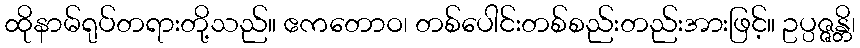
ထိုနာမ်ရုပ်တရားတို့သည်။ ဧကတောဝ၊ တစ်ပေါင်းတစ်စည်းတည်းအားဖြင့်။ ဥပ္ပဇ္ဇန္တိ၊